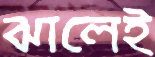
ঝালেই